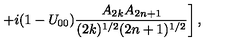
\left. + i ( 1 - U _ { 0 0 } ) \frac { A _ { 2 k } A _ { 2 n + 1 } } { ( 2 k ) ^ { 1 / 2 } ( 2 n + 1 ) ^ { 1 / 2 } } \right] ,